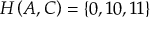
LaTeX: H \left( A , C \right) = \left\{ 0 , 1 0 , 1 1 \right\}